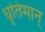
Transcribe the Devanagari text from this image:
धृतिमान्‌